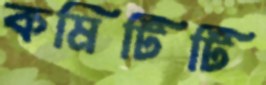
কমিটিটি